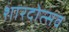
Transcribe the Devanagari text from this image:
शारदोत्सव